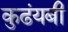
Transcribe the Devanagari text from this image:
कुढंयबी